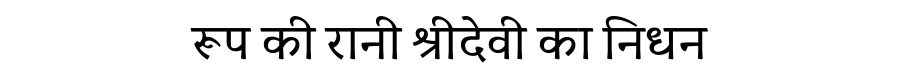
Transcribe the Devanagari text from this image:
रूप की रानी श्रीदेवी का निधन